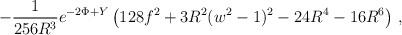
LaTeX: \begin{align*}- \frac{1}{256 R^3} e^{-2\Phi+Y}\left(128 f^2 + 3 R^2(w^2-1)^2 -24 R^4 -16 R^6\right)\,,\end{align*}